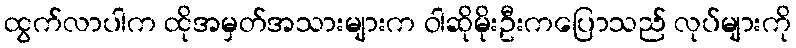
ထွက်လာပါက ထိုအမှတ်အသားများက ဝါဆိုမိုးဦးကပြောသည် လုပ်များကို